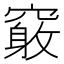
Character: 𥨂